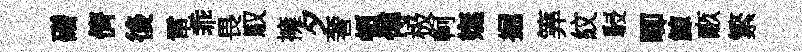
磳儕後電乖畏馭擁夕奢頓慱极軻嫵掘筭紋駸唧鯨畞繁